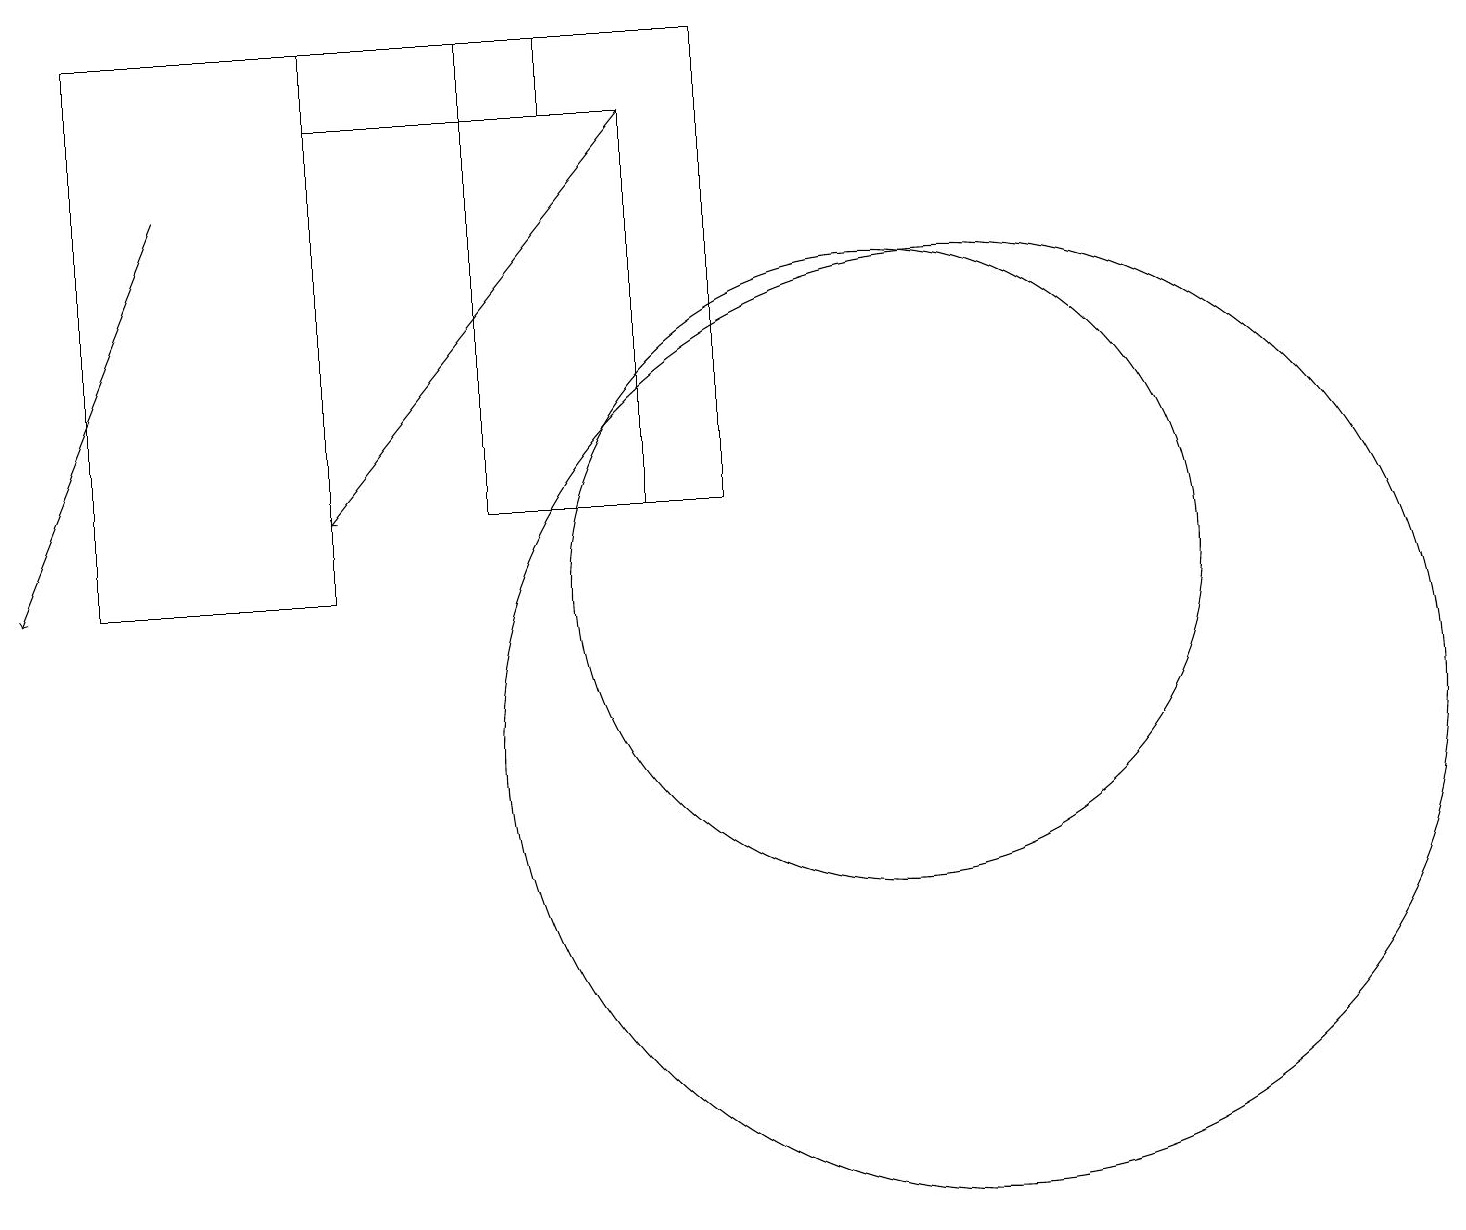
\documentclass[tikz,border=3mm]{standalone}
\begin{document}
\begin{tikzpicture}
\draw (12,10) circle (6);
\draw[->] (8,18) -- (4,13);
\draw (7,19) rectangle (4,18);
\draw[->] (2,17) -- (0,12);
\draw (8,18) rectangle (6,13);
\draw (6,19) rectangle (9,13);
\draw (11,12) circle (4);
\draw (4,19) rectangle (1,12);
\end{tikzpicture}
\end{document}